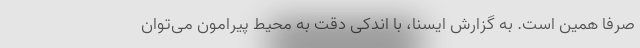
صرفاً همین است. به گزارش ایسنا، با اندکی دقت به محیط پیرامون می‌توان